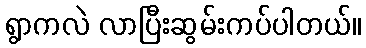
ရွာကလဲ လာပြီးဆွမ်းကပ်ပါတယ်။